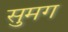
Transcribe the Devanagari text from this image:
सुमग